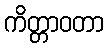
ကိတ္တာဝတာ